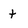
Character: t